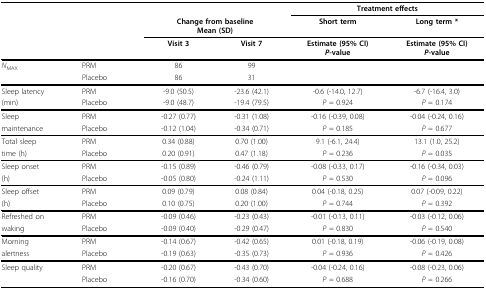
<table><thead><tr><td></td><td></td><td></td><td></td><td colspan="2"><b>Treatment effects</b></td></tr><tr><td></td><td></td><td colspan="2"><b>Change from baselineMean (SD)</b></td><td><b>Short term</b></td><td><b>Long term *</b></td></tr><tr><td></td><td></td><td><b>Visit 3</b></td><td><b>Visit 7</b></td><td><b>Estimate (95% CI)<i>P</i>-value</b></td><td><b>Estimate (95% CI)<i>P</i>-value</b></td></tr></thead><tbody><tr><td><i>N</i><sub>MAX</sub></td><td>PRM</td><td>86</td><td>99</td><td></td><td></td></tr><tr><td></td><td>Placebo</td><td>86</td><td>31</td><td></td><td></td></tr><tr><td>Sleep latency</td><td>PRM</td><td>-9.0 (50.5)</td><td>-23.6 (42.1)</td><td>-0.6 (-14.0, 12.7)</td><td>-6.7 (-16.4, 3.0)</td></tr><tr><td>(min)</td><td>Placebo</td><td>-9.0 (48.7)</td><td>-19.4 (79.5)</td><td><i>P </i>= 0.924</td><td><i>P </i>= 0.174</td></tr><tr><td>Sleep</td><td>PRM</td><td>-0.27 (0.77)</td><td>-0.31 (1.08)</td><td>-0.16 (-0.39, 0.08)</td><td>-0.04 (-0.24, 0.16)</td></tr><tr><td>maintenance</td><td>Placebo</td><td>-0.12 (1.04)</td><td>-0.34 (0.71)</td><td><i>P </i>= 0.185</td><td><i>P </i>= 0.677</td></tr><tr><td>Total sleep</td><td>PRM</td><td>0.34 (0.88)</td><td>0.70 (1.00)</td><td>9.1 (-6.1, 24.4)</td><td>13.1 (1.0, 25.2)</td></tr><tr><td>time (h)</td><td>Placebo</td><td>0.20 (0.91)</td><td>0.47 (1.18)</td><td><i>P </i>= 0.236</td><td><i>P </i>= 0.035</td></tr><tr><td>Sleep onset</td><td>PRM</td><td>-0.15 (0.89)</td><td>-0.46 (0.79)</td><td>-0.08 (-0.33, 0.17)</td><td>-0.16 (-0.34, 0.03)</td></tr><tr><td>(h)</td><td>Placebo</td><td>-0.05 (0.80)</td><td>-0.24 (1.11)</td><td><i>P </i>= 0.530</td><td><i>P </i>= 0.096</td></tr><tr><td>Sleep offset</td><td>PRM</td><td>0.09 (0.79)</td><td>0.08 (0.84)</td><td>0.04 (-0.18, 0.25)</td><td>0.07 (-0.09, 0.22)</td></tr><tr><td>(h)</td><td>Placebo</td><td>0.10 (0.75)</td><td>0.20 (1.00)</td><td><i>P </i>= 0.744</td><td><i>P </i>= 0.392</td></tr><tr><td>Refreshed on</td><td>PRM</td><td>-0.09 (0.46)</td><td>-0.23 (0.43)</td><td>-0.01 (-0.13, 0.11)</td><td>-0.03 (-0.12, 0.06)</td></tr><tr><td>waking</td><td>Placebo</td><td>-0.09 (0.40)</td><td>-0.29 (0.47)</td><td><i>P </i>= 0.830</td><td><i>P </i>= 0.540</td></tr><tr><td>Morning</td><td>PRM</td><td>-0.14 (0.67)</td><td>-0.42 (0.65)</td><td>0.01 (-0.18, 0.19)</td><td>-0.06 (-0.19, 0.08)</td></tr><tr><td>alertness</td><td>Placebo</td><td>-0.19 (0.63)</td><td>-0.35 (0.73)</td><td><i>P </i>= 0.936</td><td><i>P </i>= 0.426</td></tr><tr><td>Sleep quality</td><td>PRM</td><td>-0.20 (0.67)</td><td>-0.43 (0.70)</td><td>-0.04 (-0.24, 0.16)</td><td>-0.08 (-0.23, 0.06)</td></tr><tr><td></td><td>Placebo</td><td>-0.16 (0.70)</td><td>-0.34 (0.60)</td><td><i>P </i>= 0.688</td><td><i>P </i>= 0.266</td></tr></tbody></table>